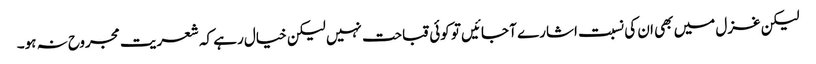
لیکن غزل میں بھی ان کی نسبت اشارے آ جائیں تو کوئی قباحت نہیں لیکن خیال رہے کہ شعریت مجروح نہ ہو۔